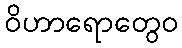
ဝိဟာရောတွေဝ